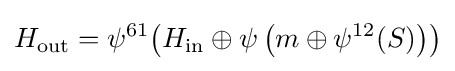
H_{\text{out}}=\psi ^{61}{\mathord {\left(H_{\text{in}}\oplus \psi \left(m\oplus \psi ^{12}(S)\right)\right)}}